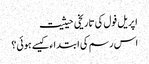
اپریل فول کی تاریخی حیثیت
اس رسم کی ابتداء کیسے ہوئی؟